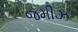
જમીઝ